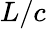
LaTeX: L/c